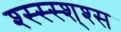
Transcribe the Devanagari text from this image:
श्स्स्स्श्श्स